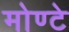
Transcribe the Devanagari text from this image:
मोण्टे